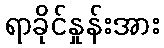
ရာခိုင်နှုန်းအား